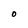
Character: O